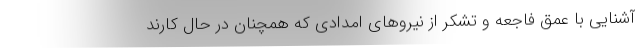
آشنایی با عمق فاجعه و تشکر از نیروهای امدادی که همچنان در حال کارند